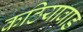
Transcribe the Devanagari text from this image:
कठियावाड